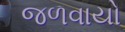
જળવાયો